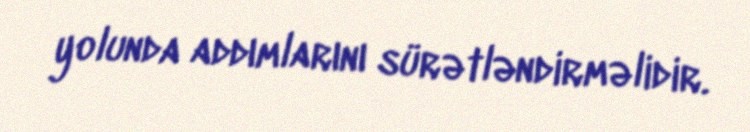
yolunda addımlarını sürətləndirməlidir.